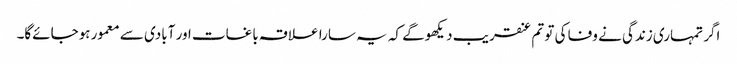
اگر تمہاری زندگی نے وفا کی تو تم عنقریب دیکھوگے کہ یہ سارا علاقہ باغات اور آبادی سے معمور ہوجائےگا۔